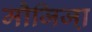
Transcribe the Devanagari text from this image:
मौजिजा़